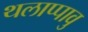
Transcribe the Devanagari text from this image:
थलाप्पावु